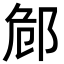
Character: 䣀